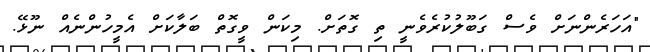
"އަހަރެންނަށް ވެސް ގަބޫލުކުރެވެނީ ތި ގޮތަށް. މިކަން ވީގޮތް ބަލާކަށް އެމީހުންނެއް ނޫޅޭ.